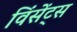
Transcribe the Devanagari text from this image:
विंसेंट्स